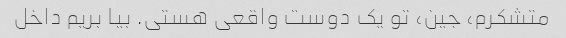
متشکرم، جین، تو یک دوست واقعی هستی. بیا بریم داخل